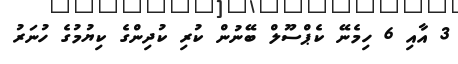
3 އާއި 6 ހިމެނޭ ކެޕްސޫލް ބޭނުން ކުރި ކުދިންގެ ކިޔުމުގެ ހުނަރު